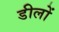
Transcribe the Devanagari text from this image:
डीलों